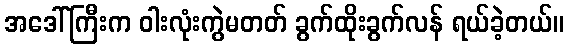
အဒေါ်ကြီးက ဝါးလုံးကွဲမတတ် ခွက်ထိုးခွက်လန် ရယ်ခဲ့တယ်။